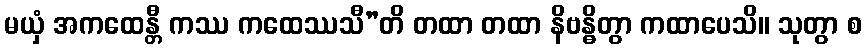
မယှံ အကထေန္တီ ကဿ ကထေဿသီ”တိ တထာ တထာ နိဗန္ဓိတွာ ကထာပေသိ။ သုတွာ စ